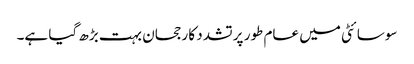
سوسائٹی میں عام طور پر تشدد کا رجحان بہت بڑھ گیا ہے۔